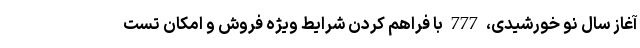
آغاز سال نو خورشیدی، 777 با فراهم کردن شرایط ویژه فروش و امکان تست